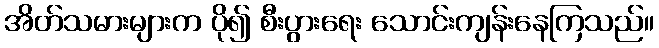
အိတ်သမားများက ပို၍ စီးပွားရေး သောင်းကျန်းနေကြသည်။